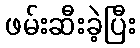
ဖမ်းဆီးခဲ့ပြီး